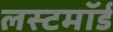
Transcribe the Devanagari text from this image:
लस्टमॉर्ड